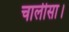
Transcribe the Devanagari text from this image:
चालीसा।